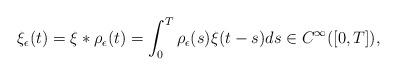
LaTeX: \begin{align*}\xi_{\epsilon} (t)=\xi*\rho_{\epsilon} (t)=\int_0^T \rho_{\epsilon}(s)\xi(t-s)ds\in C^\infty([0,T]),\end{align*}